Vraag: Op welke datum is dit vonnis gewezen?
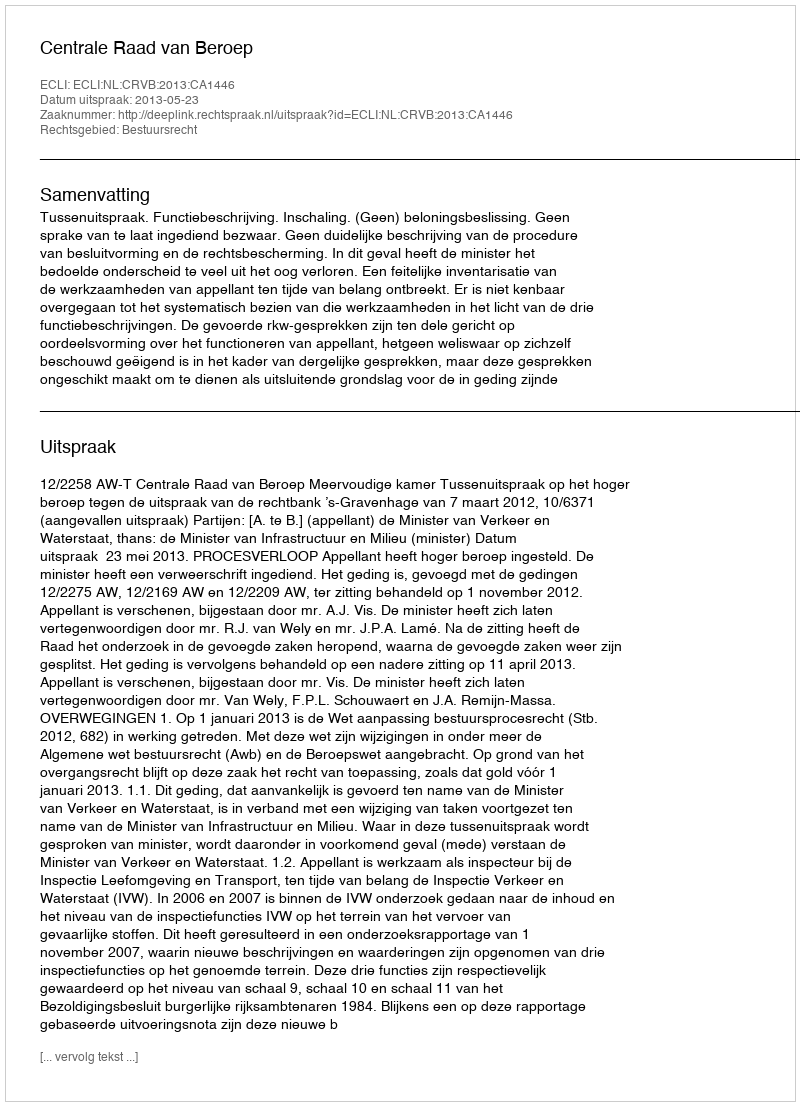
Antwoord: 2013-05-23